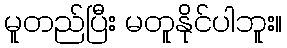
မူတည်ပြီး မတူနိုင်ပါဘူး။